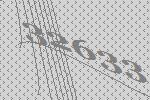
32633